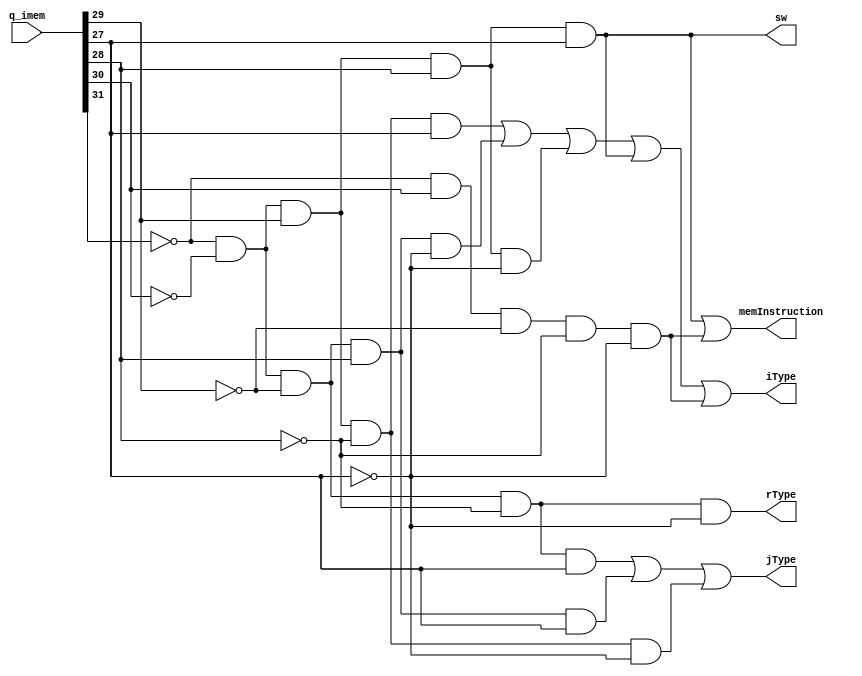
module type(q_imem, rType, iType, jType, memInstruction, sw);

input wire [31:0] q_imem;
output wire rType, iType, jType, memInstruction, sw;

wire add, addi, sub, ands, ors, sll, sra, mul, div, j, bne, jal, jr, blt, lw;
wire opp31, opp30, opp29, opp28, opp27;

not NOT0(opp31, q_imem[31]);
not NOT1(opp30, q_imem[30]);
not NOT2(opp29, q_imem[29]);
not NOT3(opp28, q_imem[28]);
not NOT4(opp27, q_imem[27]);

and AND1(rType, opp31, opp30, opp29, opp28, opp27);

and AND2(addi, opp31, opp30, q_imem[29], opp28, q_imem[27]);

and AND3(j, opp31, opp30, opp29, opp28, q_imem[27]);

and AND4(bne, opp31, opp30, opp29, q_imem[28], opp27);

and AND5(jal, opp31, opp30, opp29, q_imem[28], q_imem[27]);

and AND6(jr, opp31, opp30, q_imem[29], opp28, opp27);

and AND7(blt, opp31, opp30, q_imem[29], q_imem[28], opp27);

and AND8(sw, opp31, opp30, q_imem[29],q_imem[28],q_imem[27]);

and AND9(lw, opp31, q_imem[30], opp29, opp28, opp27);

or OR0(iType, addi, bne, blt, sw, lw);

or OR1(jType, j, jal, jr);

or OR2(memInstruction, sw, lw);



endmodule